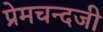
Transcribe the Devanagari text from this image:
प्रेमचन्दजी